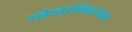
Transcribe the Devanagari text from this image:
व्हेनान्शियस